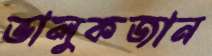
ভালুকজান